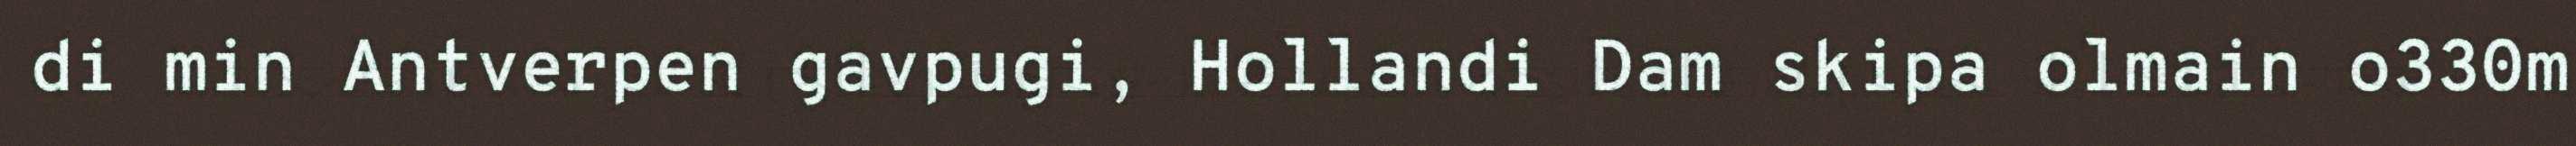
di min Antverpen gavpugi, Hollandi Dam skipa olmain o330m